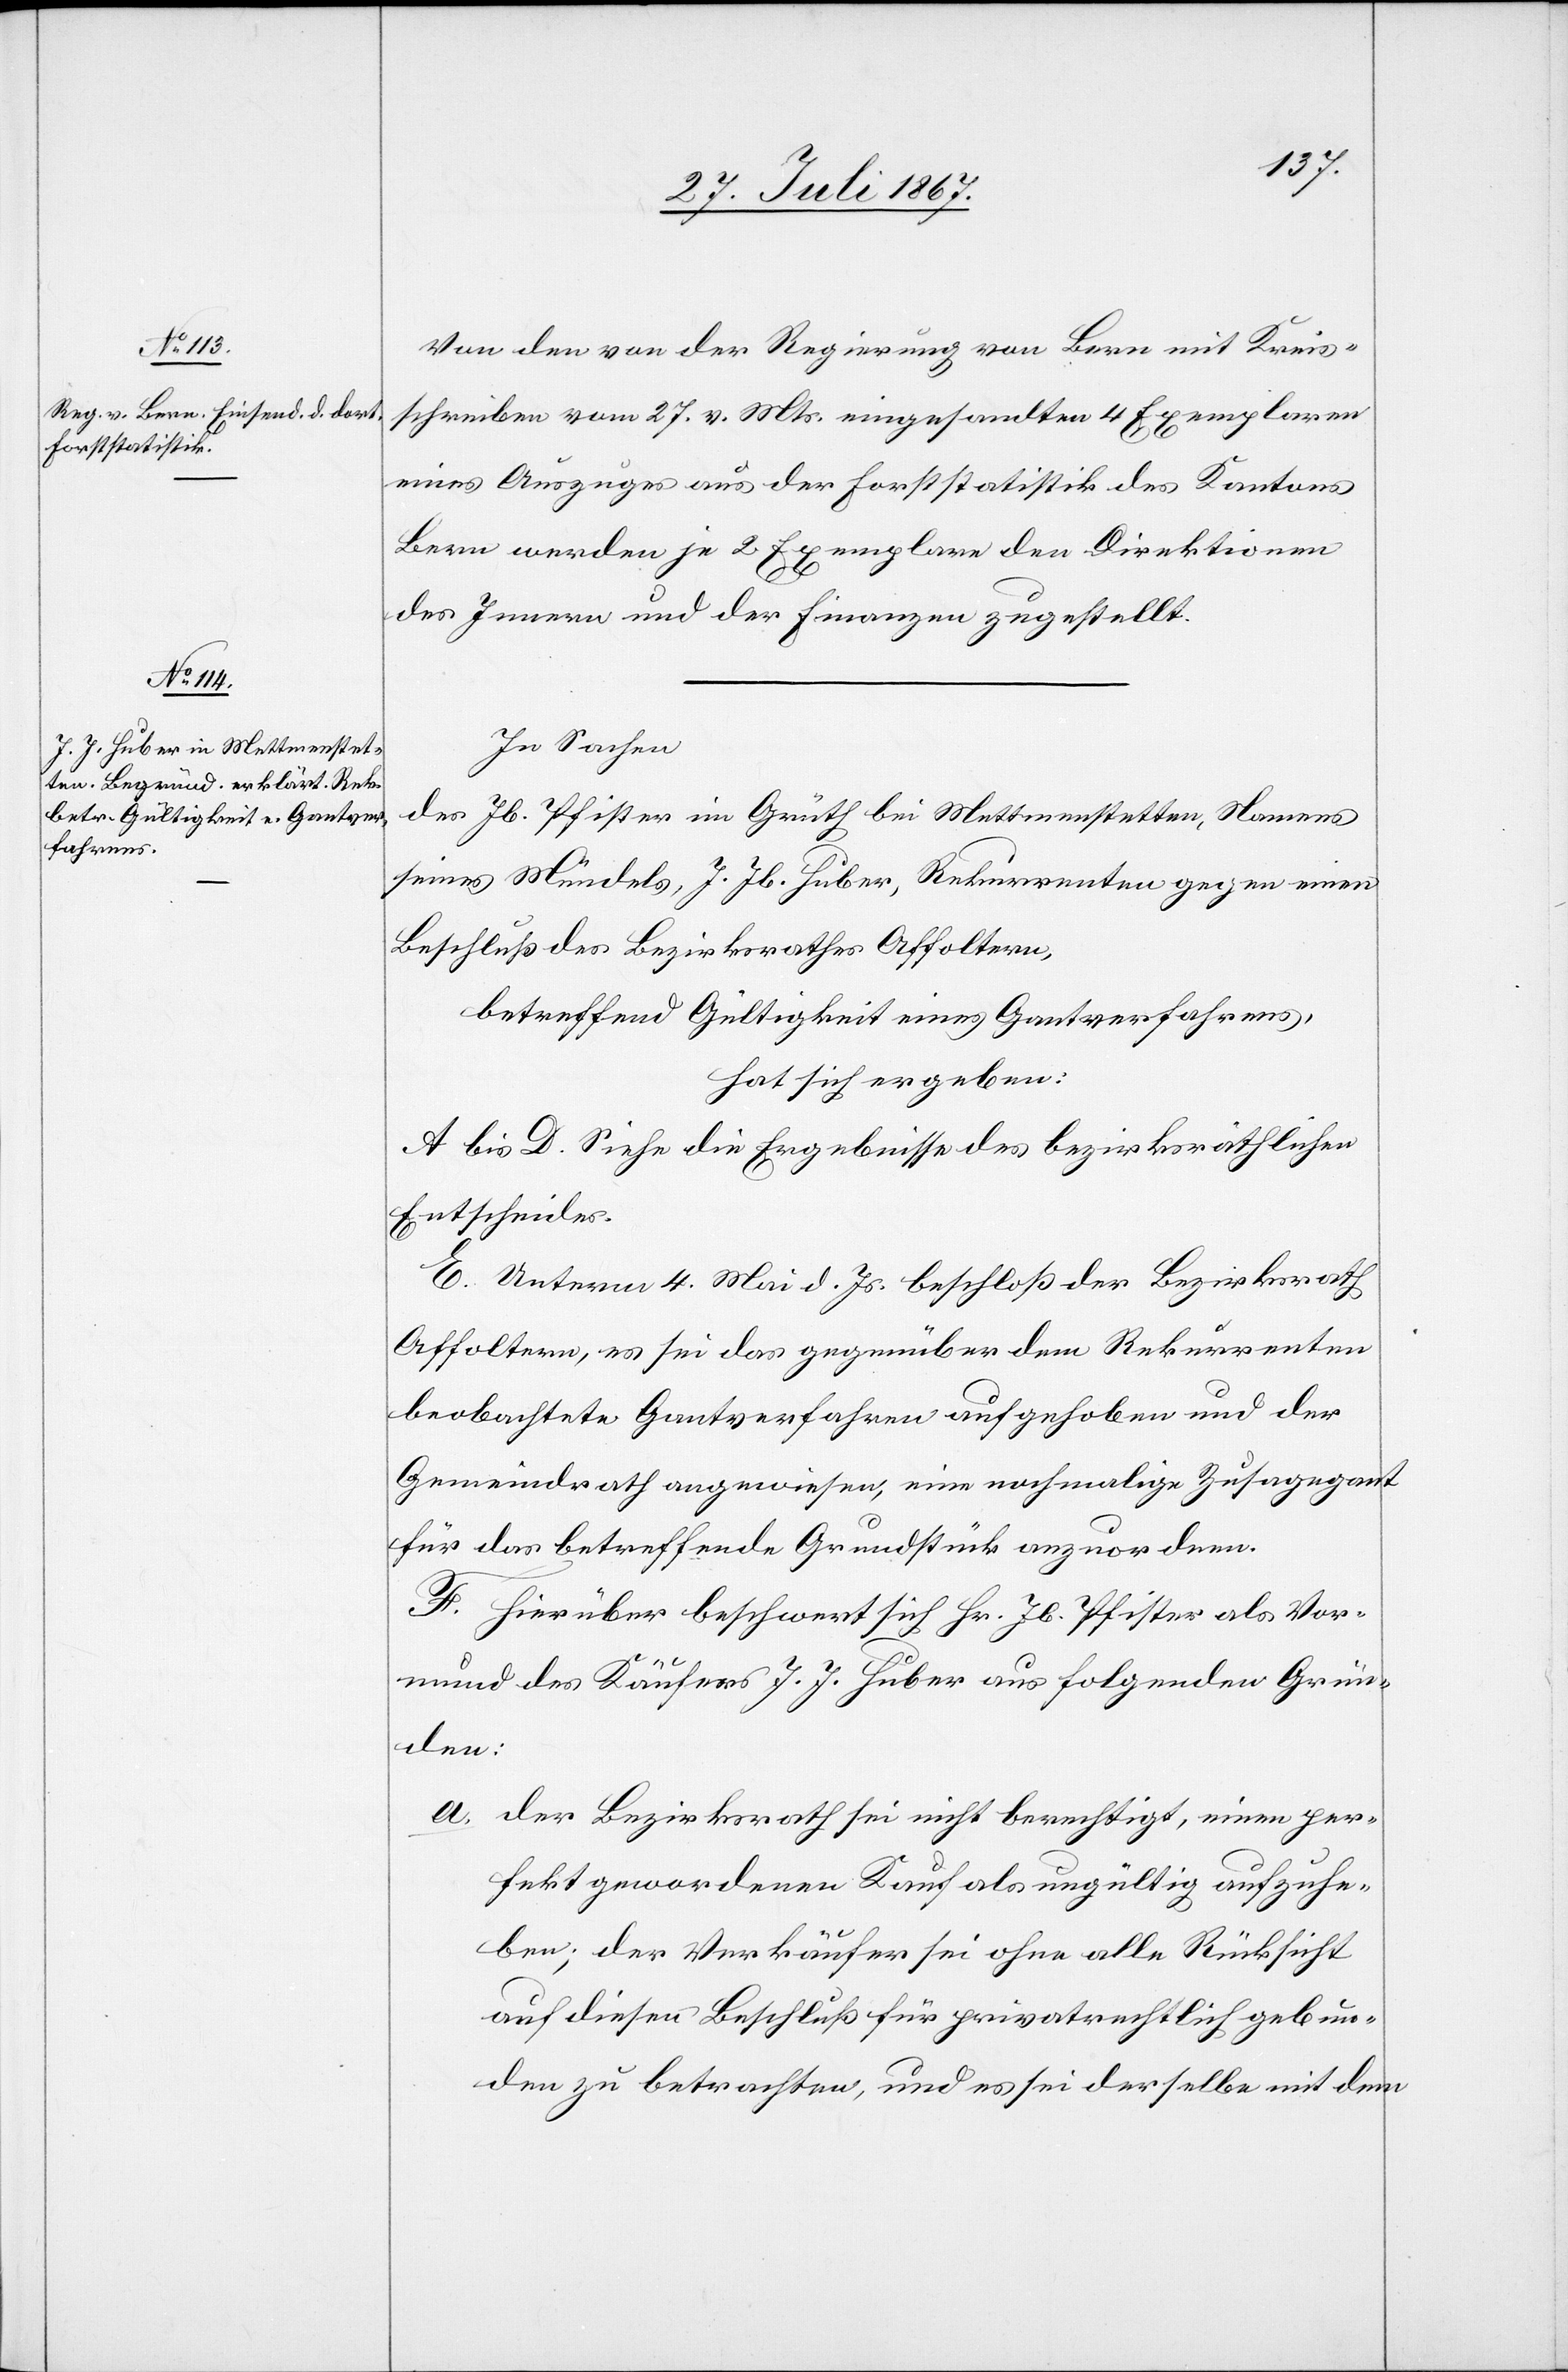
Von den von der Regierung von Bern mit Kreis¬
schreiben vom 27. v. Mts. eingesandten 4 Exemplaren
eines Auszuges aus der Forststatistik des Kantons
Bern werden je 2 Exemplare den Direktionen
des Innern und der Finanzen zugestellt.
In Sachen
des Jb. Pfister im Grüth bei Mettmenstetten, Namens
seines Mündels, J. Jb. Huber, Rekurrenten gegen einen
Beschluß des Bezirksrathes Affoltern,
betreffend Gültigkeit eines Gantverfahrens,
hat sich ergeben:
A bis D. Siehe die Ergebnisse des bezirksräthlichen
Entscheides.
E. Unterm 4. Mai d. Js. beschloß der Bezirksrath
Affoltern, es sei das gegenüber dem Rekurrenten
beobachtete Gantverfahren aufgehoben und der
Gemeindrath angewiesen, eine nochmalige Zusagegant
für das betreffende Grundstück anzuordnen.
F. Hierüber beschwert sich Hr. Jb. Pfister als Vor¬
mund des Käufers J. J. Huber aus folgenden Grün¬
den:
a. der Bezirksrath sei nicht berechtigt, einen per¬
fekt gewordenen Kauf als ungültig aufzuhe¬
ben; der Verkäufer sei ohne alle Rücksicht
auf diesen Beschluß für privatrechtlich gebun¬
den zu betrachten, und es sei derselbe mit dem